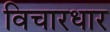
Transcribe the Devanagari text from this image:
विचारधार